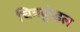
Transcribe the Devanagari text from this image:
चित्रकुंडल